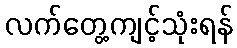
လက်တွေ့ကျင့်သုံးရန်